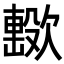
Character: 𣤢